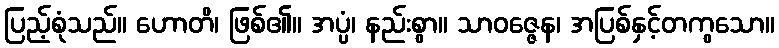
ပြည့်စုံသည်။ ဟောတိ၊ ဖြစ်၏။ အပ္ပံ၊ နည်းစွာ။ သာဝဇ္ဇေန၊ အပြစ်နှင့်တကွသော။